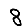
Digit: 8